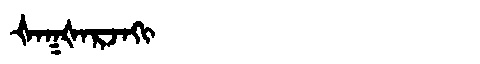
Manchu: ᡧᠠᡴᡧᠠᡵᠵᠠᡴᡳ
Romanization: ŠAKŠARJAKI